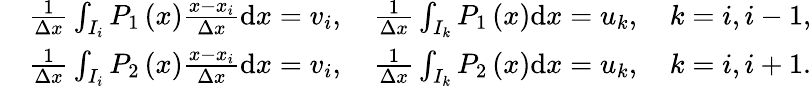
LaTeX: \begin{array}{rl}&{\frac{1}{\Delta x}\int_{I_{i}}P_{1}\left(x\right)\frac{x-x_{i}}{\Delta x}\mathrm{d}x=v_{i},\quad\frac{1}{\Delta x}\int_{I_{k}}P_{1}\left(x\right)\mathrm{d}x=u_{k},\quad k=i,i-1,}\\ &{\frac{1}{\Delta x}\int_{I_{i}}P_{2}\left(x\right)\frac{x-x_{i}}{\Delta x}\mathrm{d}x=v_{i},\quad\frac{1}{\Delta x}\int_{I_{k}}P_{2}\left(x\right)\mathrm{d}x=u_{k},\quad k=i,i+1.}\end{array}